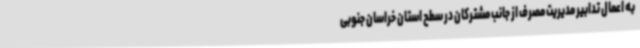
به اعمال تدابیر مدیریت مصرف از جانب مشترکان در سطح استان خراسان جنوبی